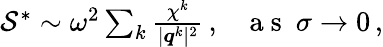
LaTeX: \begin{array}{r}{\mathcal{S}^{*}\sim\omega^{2}\sum_{k}\frac{\chi^{k}}{\vert\boldsymbol{q}^{k}\vert^{2}}\, ,~~~\mathrm{~a~s~}~\sigma\rightarrow 0\, ,}\end{array}